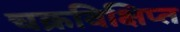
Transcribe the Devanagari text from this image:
चक्रविक्षिप्त